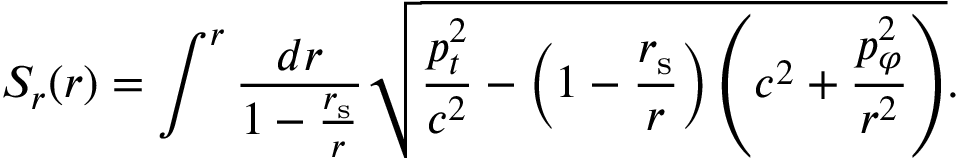
S _ { r } ( r ) = \int ^ { r } { \frac { d r } { 1 - { \frac { r _ { \mathrm { { s } } } } { r } } } } { \sqrt { { \frac { p _ { t } ^ { 2 } } { c ^ { 2 } } } - \left( 1 - { \frac { r _ { \mathrm { { s } } } } { r } } \right) \left( c ^ { 2 } + { \frac { p _ { \varphi } ^ { 2 } } { r ^ { 2 } } } \right) } } .